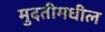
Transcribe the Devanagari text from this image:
मुदतीमधील